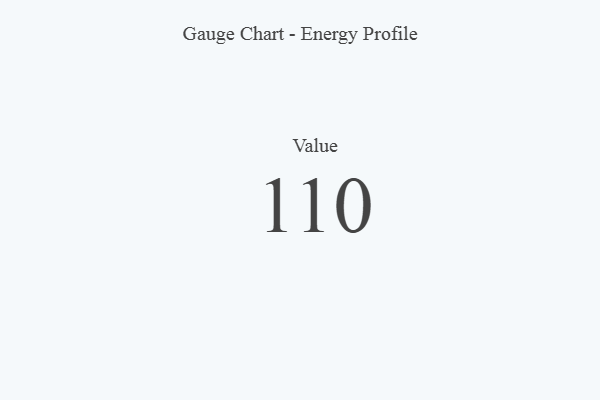
{"axis": {"x": "Metric", "y": "Value"}, "legend": [""], "data": [{"x": "Value", "y": 110, "type": ""}]}